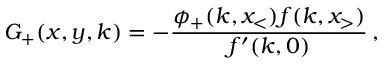
G _ { + } ( x , y , k ) = - \frac { \phi _ { + } ( k , x _ { < } ) f ( k , x _ { > } ) } { f ^ { \prime } ( k , 0 ) } \, ,